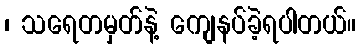
၊ သရေတမှတ်နဲ့ ကျေနပ်ခဲ့ရပါတယ်။